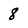
Character: 8